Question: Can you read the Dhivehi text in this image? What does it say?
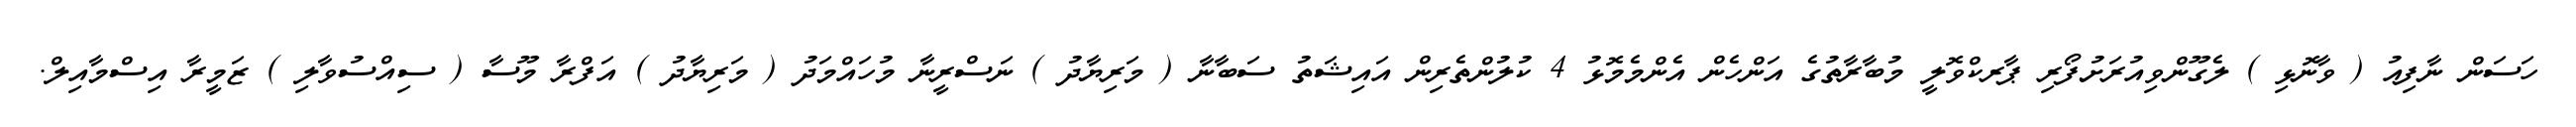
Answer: ހަސަން ނާފިއު ( ވާނޮޅި ) ލެގޫންވިއުރަށުފޯރި ޕާރކްވޮލީ މުބާރާތުގެ އަންހެން އެންމެމޮޅު 4 ކުލުންތެރިން އައިޝަތު ސަބާނާ ( މަރިޔާދު ) ނަސްރީނާ މުހައްމަދު ( މަރިޔާދު ) އަފްރާ މޫސާ ( ސިއްސުވާލި ) ޒަމީރާ އިސްމާއިލް.